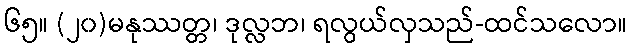
၆၅။ (၂၀)မနုဿတ္တ၊ ဒုလ္လဘ၊ ရလွယ်လှသည်-ထင်သလော။